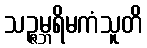
သဉ္ဇမ္ဘရိမကံသူတိ